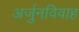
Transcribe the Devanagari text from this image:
अर्जुनविवाह